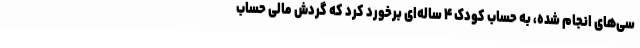
سی‌های انجام شده، به حساب کودک ۴ ساله‌ای برخورد کرد که گردش مالی حساب